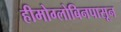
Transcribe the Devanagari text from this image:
हीमोग्लोबिनपासून